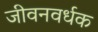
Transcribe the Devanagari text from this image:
जीवनवर्धक